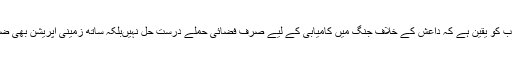
سعودی عرب کو یقین ہے کہ داعش کے خلاف جنگ میں کامیابی کے لیے صرف فضائی حملے درست حل نہیںبلکہ ساتھ زمینی آپریشن بھی ضروری ہے۔